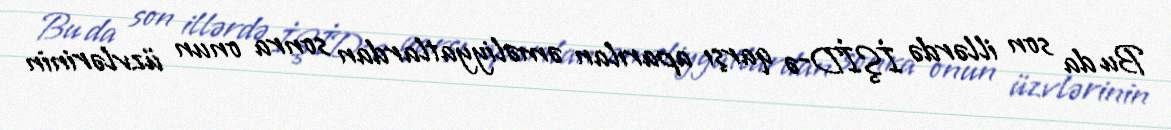
Bu da son illərdə İŞİD-ə qarşı aparılan əməliyyatlardan sonra onun üzvlərinin